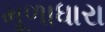
મૂળાધારા